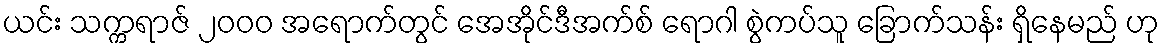
ယင်း သက္ကရာဇ် ၂၀၀၀ အရောက်တွင် အေအိုင်ဒီအက်စ် ရောဂါ စွဲကပ်သူ ခြောက်သန်း ရှိနေမည် ဟု